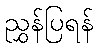
ညွှန်ပြရန်